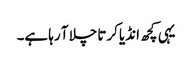
یہی کچھ انڈیا کرتا چلا آ رہا ہے۔